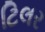
ટિલર